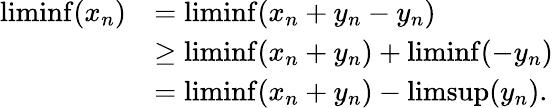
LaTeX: \begin{array}{rl}{\operatorname*{liminf}(x_{n})}&{=\operatorname*{liminf}(x_{n}+y_{n}-y_{n})}\\ &{\ge\operatorname*{liminf}(x_{n}+y_{n})+\operatorname*{liminf}(-y_{n})}\\ &{=\operatorname*{liminf}(x_{n}+y_{n})-\operatorname*{limsup}(y_{n}).}\end{array}